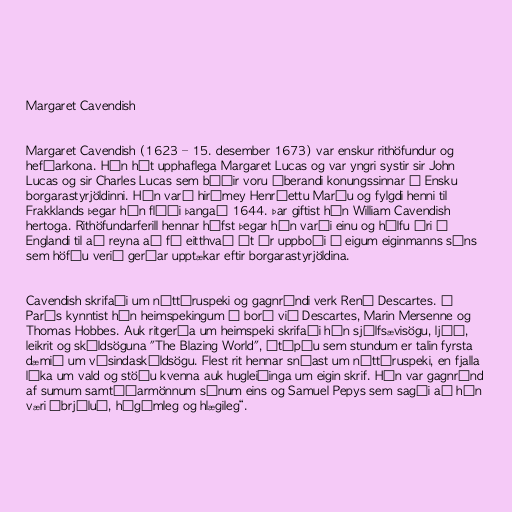
Margaret Cavendish

Margaret Cavendish (1623 – 15. desember 1673) var enskur rithöfundur og
hefðarkona. Hún hét upphaflega Margaret Lucas og var yngri systir sir John
Lucas og sir Charles Lucas sem báðir voru áberandi konungssinnar í Ensku
borgarastyrjöldinni. Hún varð hirðmey Henríettu Maríu og fylgdi henni til
Frakklands þegar hún flúði þangað 1644. Þar giftist hún William Cavendish
hertoga. Rithöfundarferill hennar hófst þegar hún varði einu og hálfu ári í
Englandi til að reyna að fá eitthvað út úr uppboði á eigum eiginmanns síns
sem höfðu verið gerðar upptækar eftir borgarastyrjöldina.

Cavendish skrifaði um náttúruspeki og gagnrýndi verk René Descartes. Í
París kynntist hún heimspekingum á borð við Descartes, Marin Mersenne og
Thomas Hobbes. Auk ritgerða um heimspeki skrifaði hún sjálfsævisögu, ljóð,
leikrit og skáldsöguna "The Blazing World", útópíu sem stundum er talin fyrsta
dæmið um vísindaskáldsögu. Flest rit hennar snúast um náttúruspeki, en fjalla
líka um vald og stöðu kvenna auk hugleiðinga um eigin skrif. Hún var gagnrýnd
af sumum samtíðarmönnum sínum eins og Samuel Pepys sem sagði að hún
væri „brjáluð, hégómleg og hlægileg“.